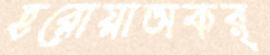
হরোয়াঅকর্